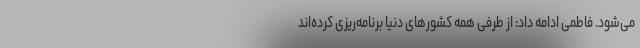
می‌شود. فاطمی ادامه داد: از طرفی همه کشورهای دنیا برنامه‌ریزی کرده‌اند